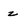
Character: z